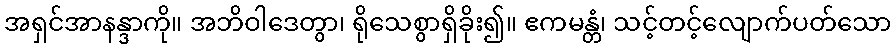
အရှင်အာနန္ဒာကို။ အဘိဝါဒေတွာ၊ ရိုသေစွာရှိခိုး၍။ ဧကမန္တံ၊ သင့်တင့်လျောက်ပတ်သော